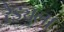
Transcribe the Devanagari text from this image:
रैड्युला